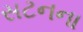
સટનના